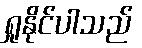
ရှုနိုင်ပါသည်